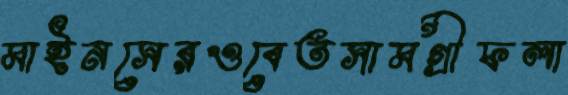
মাইনসেরওবেতসামগ্রীফলা